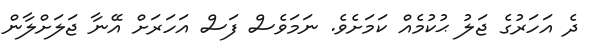
ދެ އަހަރުގެ ޖަލު ޙުކުމެއް ކަމަށެވެ. ނަމަވެސް ފަސް އަހަރަށް އޭނާ ޖަލަށްލާން